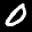
Label: 0